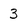
Character: 3